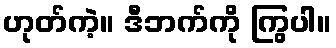
ဟုတ်ကဲ့။ ဒီဘက်ကို ကြွပါ။